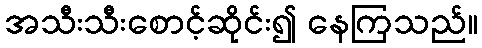
အသီးသီးစောင့်ဆိုင်း၍ နေကြသည်။